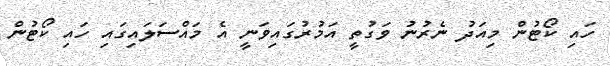
ހައި ކޯޓުން މިއަދު ނެރުނު ވަގުތީ އަމުރުގައިވަނީ އެ މައްސަލައިގައި ހައި ކޯޓުން